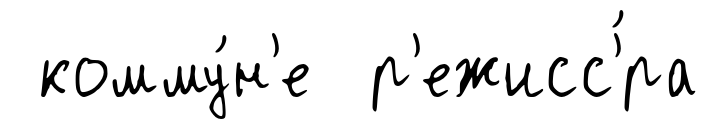
комму́н'е р'ежисс'́ра